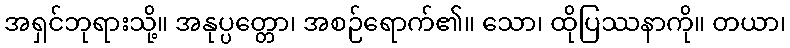
အရှင်ဘုရားသို့။ အနုပ္ပတ္တော၊ အစဉ်ရောက်၏။ သော၊ ထိုပြဿနာကို။ တယာ၊